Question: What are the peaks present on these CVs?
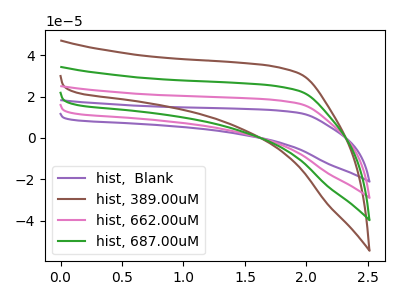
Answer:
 <answer>The purple curve "hist,  Blank" has no peaks. The brown curve "hist, 389.00uM" has no peaks. The pink curve "hist, 662.00uM" has no peaks. The green curve "hist, 687.00uM" has no peaks.</answer>
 <eval></eval>